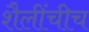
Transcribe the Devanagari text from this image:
शैलींचीच